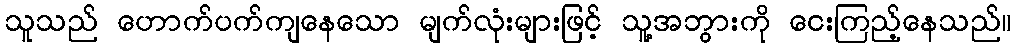
သူသည် ဟောက်ပက်ကျနေသော မျက်လုံးများဖြင့် သူ့အဘွားကို ငေးကြည့်နေသည်။